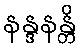
နန္ဒနန္တိ